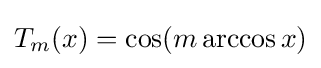
T_{m}(x)=\cos(m\arccos x)